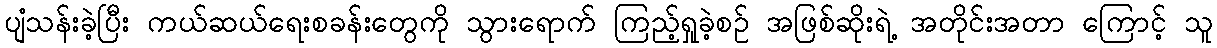
ပျံသန်းခဲ့ပြီး ကယ်ဆယ်ရေးစခန်းတွေကို သွားရောက် ကြည့်ရှုခဲ့စဉ် အဖြစ်ဆိုးရဲ့ အတိုင်းအတာ ကြောင့် သူ